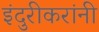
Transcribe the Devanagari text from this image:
इंदुरीकरांनी